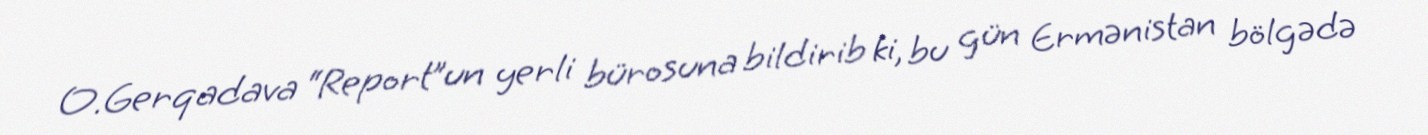
O.Gerqadava “Report”un yerli bürosuna bildirib ki, bu gün Ermənistan bölgədə